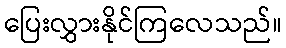
ပြေးလွှားနိုင်ကြလေသည်။